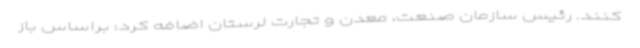
کنند. رئیس سازمان صنعت، معدن و تجارت لرستان اضافه کرد: براساس باز